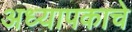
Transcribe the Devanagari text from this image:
अध्यापकाचे